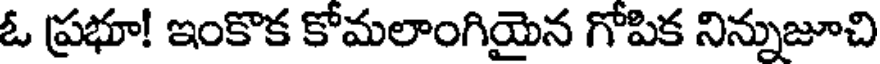
ఓ ప్రభూ! ఇంకొక కోమలాంగియైన గోపిక నిన్నుజూచి